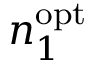
n _ { 1 } ^ { \mathrm { o p t } }